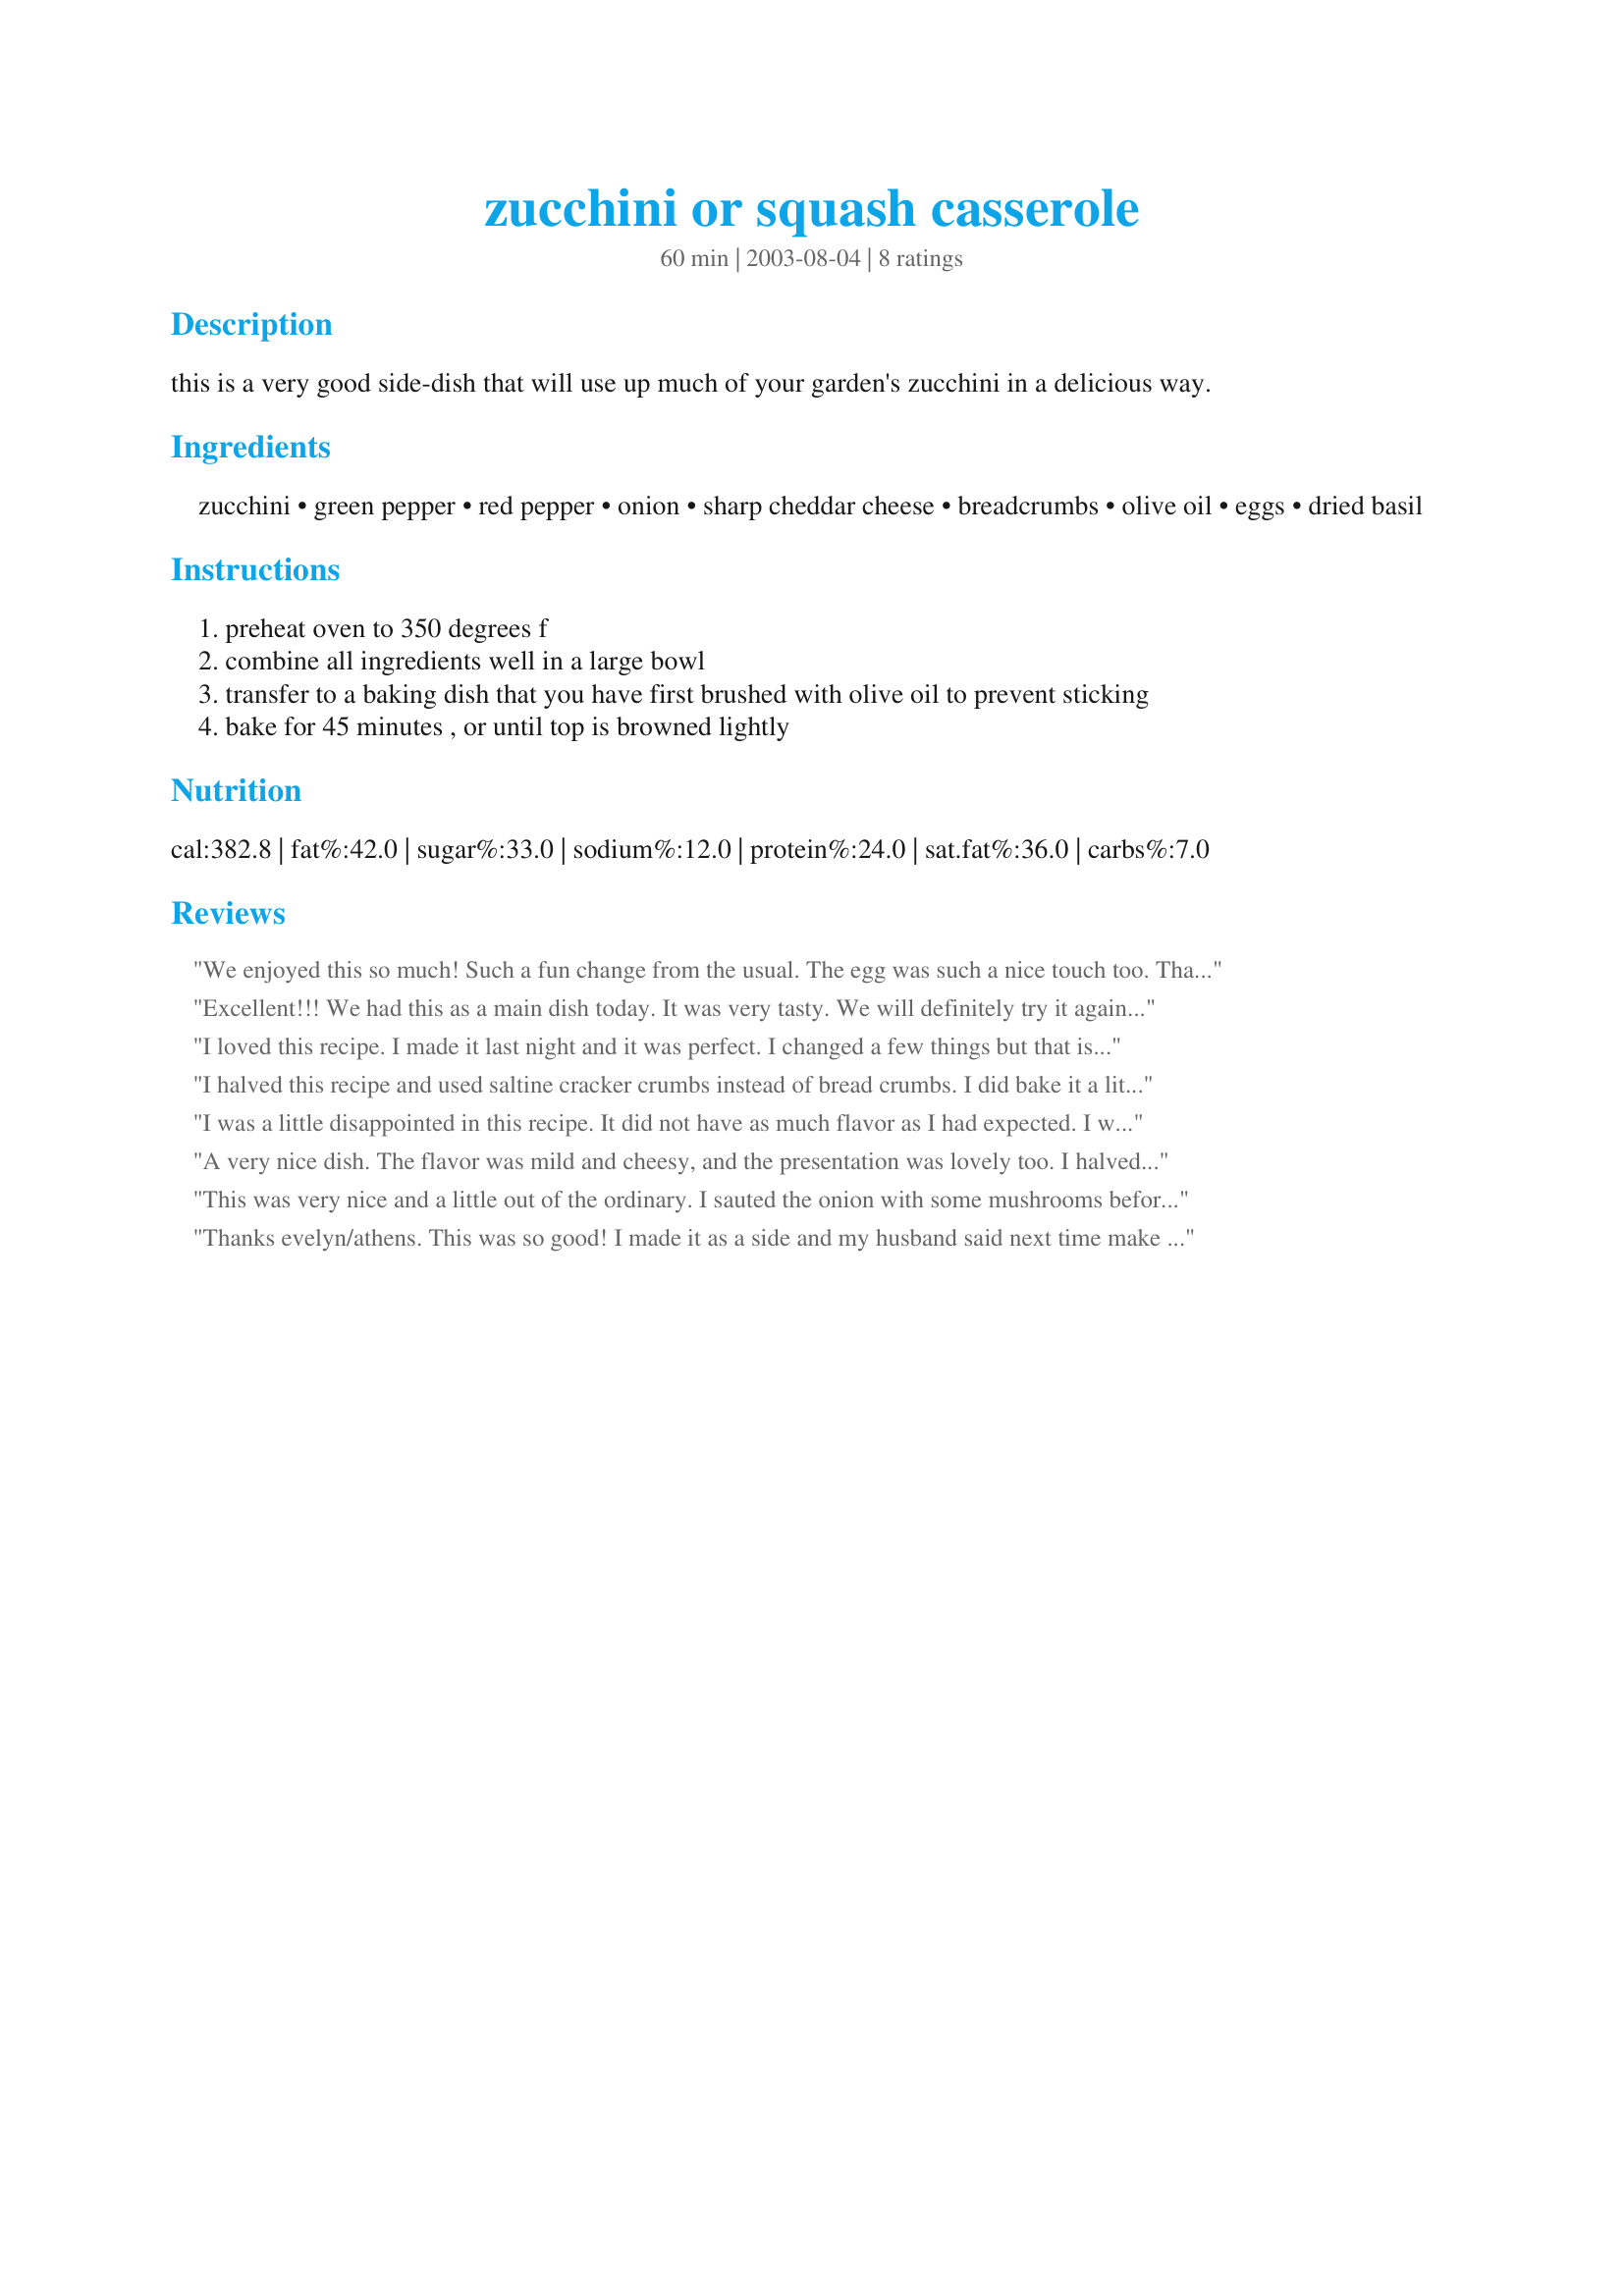
zucchini or squash casserole
Preparation time: 60 minutes

this is a very good side-dish that will use up much of your garden's zucchini in a delicious way.

Ingredients:
zucchini, green pepper, red pepper, onion, sharp cheddar cheese, breadcrumbs, olive oil, eggs, dried basil

Steps:
preheat oven to 350 degrees f
combine all ingredients well in a large bowl
transfer to a baking dish that you have first brushed with olive oil to prevent sticking
bake for 45 minutes , or until top is browned lightly

Reviews:
We enjoyed this so much! Such a fun change from the usual. The egg was such a nice touch too. Thank you!
Excellent!!! We had this as a main dish today. It was very tasty. We will definitely try it again.....we have a zucchini explosion in our garden.... God Bless
I loved this recipe. I made it last night and it was perfect. I changed a few things but that is jsut the way I am. I didn&#039;t really want peppers in my casserole so I left them out. I used cracker crumbs instead of bread because I had them. I also added celery and carrots. It was so pretty and tasted so good. Thank you for an addtion to my &quot;keepers&quot;.
I halved this recipe and used saltine cracker crumbs instead of bread crumbs. I did bake it a little longer than called for, I don't think I chopped up my vegs. fine enough. Thanks for a yummy dinner. I served this with Creamy Corn in the Crockpot and Teriyaki Salmon.
I was a little disappointed in this recipe. It did not have as much flavor as I had expected. I will make it again but I will add a few more spices or herbs to give it a bit more kick. I halved the recipe and it still made a large portion(8x11baking pan).
A very nice dish. The flavor was mild and cheesy, and the presentation was lovely too. I halved the recipe, and used smaller peppers and onion. For a change next time I might add a little pepper flakes, but this dish really doesn't need it. Thanks, Evelyn for sharing your recipe.
This was very nice and a little out of the ordinary. I sauted the onion with some mushrooms before putting it all together. I like my veggies on the crispy side and thought the onions and mushrooms might not be cooked enough. I actually cooked it a bit too long and the vegetables were quite soft, so next time I will check it more often. It was very pretty and colourful and had a nice flavour. Thank you Evelyn, for a versatile side dish!
Thanks evelyn/athens. This was so good! I made it as a side and my husband said next time make it the main dish!
